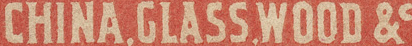
CHINA.CLASS.WOOD&